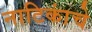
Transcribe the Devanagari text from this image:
नाटिकांचे